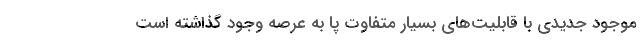
موجود جدیدی با قابلیت‌های بسیار متفاوت پا به عرصه وجود گذاشته است